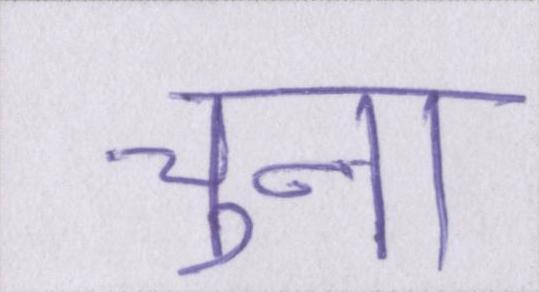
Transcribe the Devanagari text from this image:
चुना